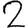
Digit: 2